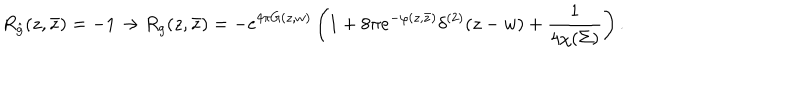
R _ { \hat { g } } ( z , \bar { z } ) = - 1 \to R _ { g } ( z , \bar { z } ) = - e ^ { 4 \pi G ( z , w ) } \left( 1 + 8 \pi e ^ { - \varphi ( z , \bar { z } ) } \delta ^ { ( 2 ) } ( z - w ) + { \frac { 1 } { 4 \chi ( \Sigma ) } } \right) .